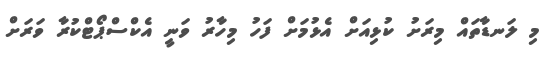
މި ލަނޑާތައް މިރަށު ކުޅިއަށް އެޅުމަށް ފަހު މިހާރު ވަނީ އެކްސްޕޯޓްކުރާ ވަރަށް